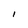
Character: 1